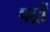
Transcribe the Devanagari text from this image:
पद्रों